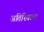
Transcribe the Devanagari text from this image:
अतिरिक्तट